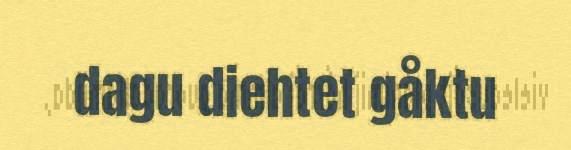
dagu diehtet gåktu